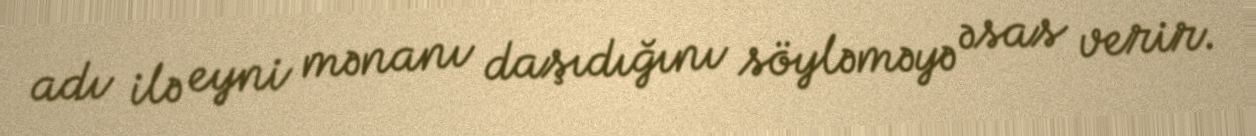
adı ilə eyni mənanı daşıdığını söyləməyə əsas verir.